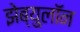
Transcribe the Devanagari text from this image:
झेब्युलॉन